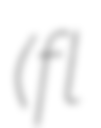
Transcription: (fl